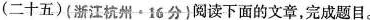
(二十五)浙江杭州·16分}阅读下面的文章，完成题目。